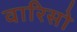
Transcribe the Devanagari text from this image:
वारिसो